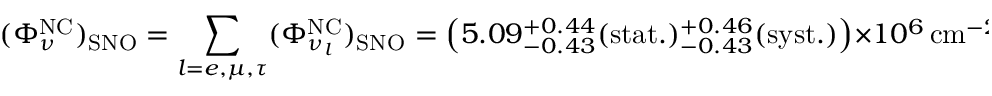
( \Phi _ { \nu } ^ { \mathrm { N C } } ) _ { \mathrm { S N O } } = \sum _ { l = e , \mu , \tau } ( \Phi _ { \nu _ { l } } ^ { \mathrm { N C } } ) _ { \mathrm { S N O } } = \left( 5 . 0 9 { } _ { - 0 . 4 3 } ^ { + 0 . 4 4 } \mathrm { ( s t a t . ) } { } _ { - 0 . 4 3 } ^ { + 0 . 4 6 } \mathrm { ( s y s t . ) } \right) \times 1 0 ^ { 6 } \, \mathrm { c m } ^ { - 2 } \, \mathrm { s } ^ { - 1 } \, ,